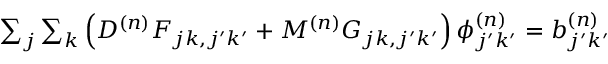
\begin{array} { r } { \sum _ { j } \sum _ { k } \left( D ^ { ( n ) } F _ { j k , j ^ { \prime } k ^ { \prime } } + M ^ { ( n ) } G _ { j k , j ^ { \prime } k ^ { \prime } } \right) \phi _ { j ^ { \prime } k ^ { \prime } } ^ { ( n ) } = b _ { j ^ { \prime } k ^ { \prime } } ^ { ( n ) } } \end{array}